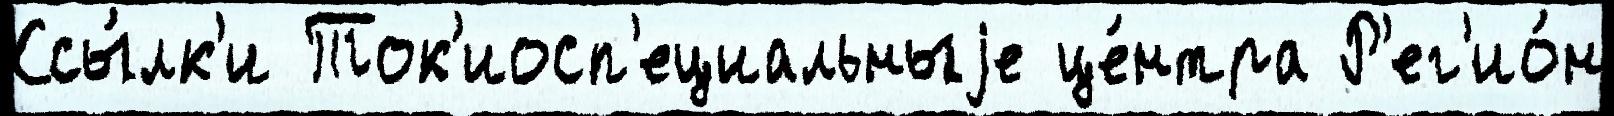
Ссы́лк'и Ток'иосп'ециальныjе це́нтра Р'ег'ио́н